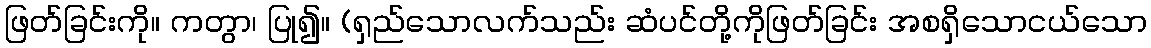
ဖြတ်ခြင်းကို။ ကတွာ၊ ပြု၍။ (ရှည်သောလက်သည်း ဆံပင်တို့ကိုဖြတ်ခြင်း အစရှိသောငယ်သော